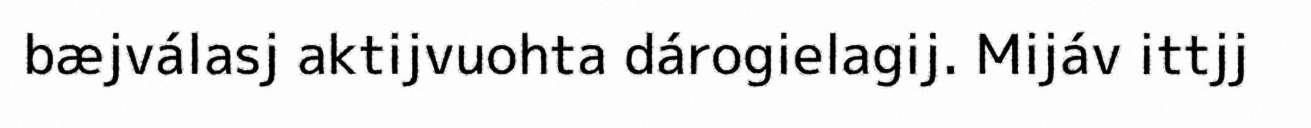
bæjválasj aktijvuohta dárogielagij. Mijáv ittjj